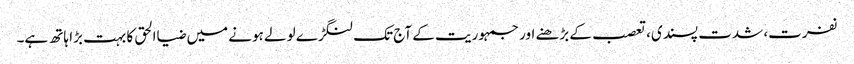
نفرت، شدت پسندی، تعصب کے بڑھنے اور جمہوریت کے آج تک لنگڑے لولے ہونے میں ضیاالحق کا بہت بڑا ہاتھ ہے۔